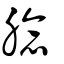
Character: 腍